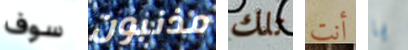
سوف مذنبون تلك أنت يا